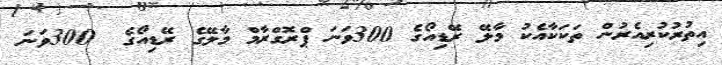
އިތުރުކުރިއެރުން ތަކަކާއެކު މާލޭ ރޭޑިއޯގެ 300ވަނަ ޕްރޮގްރާމް މާލޭގެ ރޭޑިއޯގެ  300ވަނަ